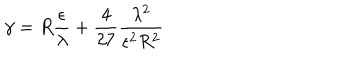
\gamma = R \frac \epsilon \lambda + \frac 4 { 2 7 } \frac { \lambda ^ { 2 } } { \epsilon ^ { 2 } R ^ { 2 } }